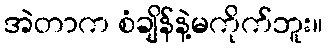
အဲတာက စံချိန်နဲ့မကိုက်ဘူး။